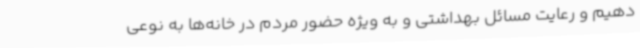
دهیم و رعایت مسائل بهداشتی و به ویژه حضور مردم در خانه‌ها به نوعی